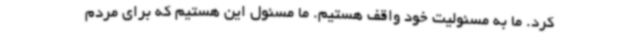
کرد. ما به مسئولیت خود واقف هستیم. ما مسئول این هستیم که برای مردم